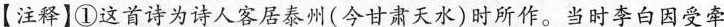
【注释】①这首诗为诗人客居泰州(今甘肃天水)时所作。当时李白因受牵